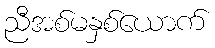
ညီအစ်မနှစ်ယောက်